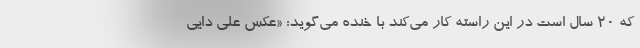
که ۲۰ سال است در این راسته کار می‌کند با خنده می‌گوید: «عکس علی دایی